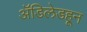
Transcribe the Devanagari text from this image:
ॲडिलेडहून